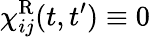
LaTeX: \chi_{ij}^{\mathrm{R}}(t,t^{\prime})\equiv 0